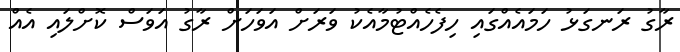
ރާގު ރަނގަޅު ހަމައެއްގައި ހިފެހެއްޓުމާއެކު ވަރަށް އަވަހަށް ރާގު އަވަސް ކޮށްލައި އެއް